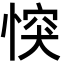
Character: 𢝀